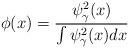
LaTeX: \begin{align*}\phi(x)=\frac{\psi_{\gamma}^2(x)}{\int \psi_{\gamma}^2(x)dx}\end{align*}